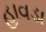
હાવડા